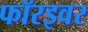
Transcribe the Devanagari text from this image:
फॉरइवर